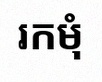
រកមុំ